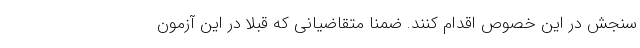
سنجش در این خصوص اقدام کنند. ضمناً متقاضیانی که قبلاً در این آزمون